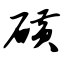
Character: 磺